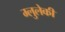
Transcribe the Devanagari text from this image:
म्लुलेकी